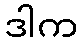
ဒါက